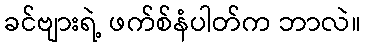
ခင်ဗျားရဲ့ ဖက်စ်နံပါတ်က ဘာလဲ။